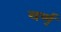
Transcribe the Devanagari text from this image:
वर्ण्